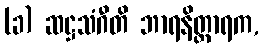
(ခ) ဆဋ္ဌသံဂီတိ ဘာရနိတ္တာရက,